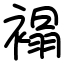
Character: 褟